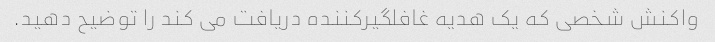
واکنش شخصی که یک هدیه غافلگیرکننده دریافت می کند را توضیح دهید.